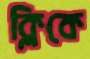
ক্লিকে